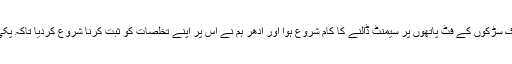
ٹھیک اسی طرح ایک ارب سے زائد رقم سے ابھی کالام بیوٹی فیکیشن پروجیکٹ میں لنک سڑکوں کے فٹ پاتھوں پر سیمنٹ ڈالنے کا کام شروع ہوا اور ادھر ہم نے اس پر اپنے تخلصات کو ثبت کرنا شروع کردیا تاکہ پکی سڑکوں پر ہمارے تخلصات چمٹے رہیں اور ہمارے درجات اسی طرح قائم و دائم رہیں۔